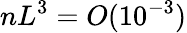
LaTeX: nL^{3}=O(10^{-3})